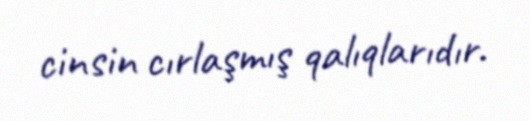
cinsin cırlaşmış qalıqlarıdır.